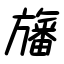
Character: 旛